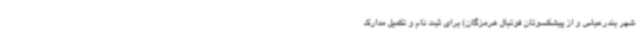
شهر بندرعباس و از پیشکسوتان فوتبال هرمزگان) برای ثبت نام و تکمیل مدارک